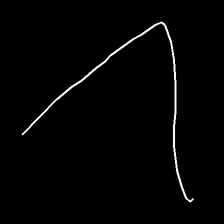
Glyph: region